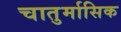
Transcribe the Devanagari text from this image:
चातुर्मासिक